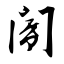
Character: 阍